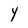
Character: Y